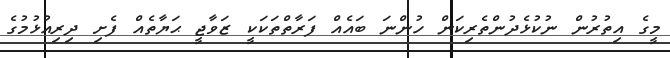
މީގެ އިތުރުން ނުކުޅެދުންތެރިކަން ހުންނަ ބައެއް ފަރާތްތަކަކީ ޒަވާޖީ ޙަޔާތެއް ފެށި ދިރިއުޅުމުގެ